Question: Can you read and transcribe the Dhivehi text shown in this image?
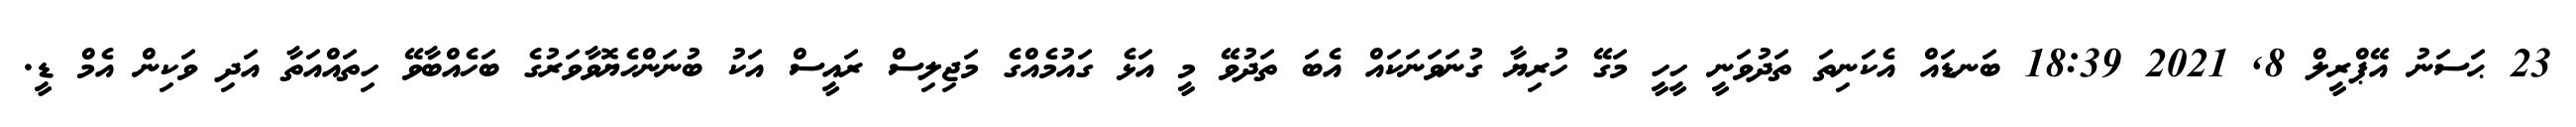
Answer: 23 ޙަސަނު އޭޕްރީލް 8, 2021 18:39 ބަނޑައް އެކަނިތަ ތަދުވަނީ ހީހީ މަގޭ ހުރިޔާ ގުނަވަނަކައް އެބަ ތަދުވޭ މީ އަޅެ ގައުމެއްގެ މަޖިލިސް ރައީސް އަކު ބުނަންހެޔޮވާވަރުގެ ބަހެއްބާވޭ ހިތައްއަތާ އަދި ވަކިން އެމް ޑީ.